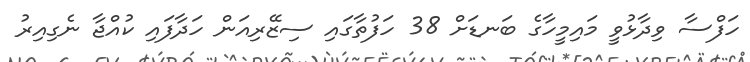
ހަފްސާ ވިދާޅުވީ މައިމީހާގެ ބަނޑަށް 38 ހަފުތާގައި ސިޒޭރިއަން ހަދާފައި ކުއްޖާ ނެގިއިރު